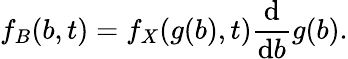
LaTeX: f_{B}(b,t)=f_{X}(g(b),t)\frac{\mathrm{d}}{\mathrm{d}b}g(b).